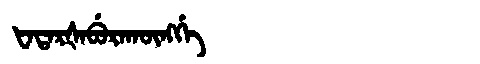
Manchu: ᡶᠠᡨᠠᡵᡧᠠᠪᡠᡵᠠᡴᡡᠩᡤᡝ
Romanization: FATARŠABURAKŪNGGE